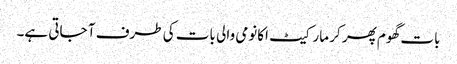
بات گھوم پھر کر مارکیٹ اکانومی والی بات کی طرف آ جاتی ہے۔